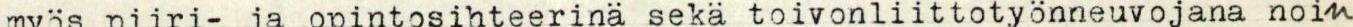
myös piiri- ja opintosihteerinä sekä toivonliittotyönneuvojana noin